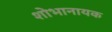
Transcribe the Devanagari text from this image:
शोभानायक